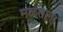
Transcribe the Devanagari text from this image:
मळताना